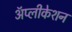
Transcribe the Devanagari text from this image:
ॲप्लीकेशन